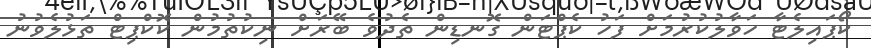
ކޯޕައިލެޓާ ހަވާލުކުރުމަށް ފަހު ކެޕްޓަން ގޮނޑިން ތެދުވެ ބޭރަށް ނިކުތުމުން ކޮކްޕިޓް ތަޅުލެވުނު